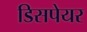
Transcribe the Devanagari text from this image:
डिसपेयर